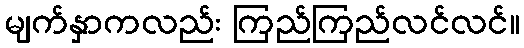
မျက်နှာကလည်း ကြည်ကြည်လင်လင်။